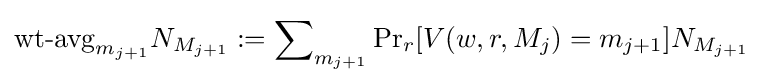
{\text{wt-avg}}_{m_{j+1}}N_{M_{j+1}}:=\sum \nolimits _{m_{j+1}}\Pr \nolimits _{r}[V(w,r,M_{j})=m_{j+1}]N_{M_{j+1}}